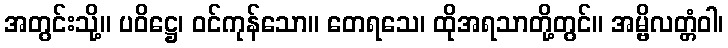
အတွင်းသို့။ ပဝိဋ္ဌေ၊ ဝင်ကုန်သော။ တေရသေ၊ ထိုအရသာတို့တွင်။ အမ္ဗိလတ္တံဝါ၊